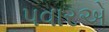
પવારએ